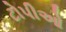
ટોપીઓ